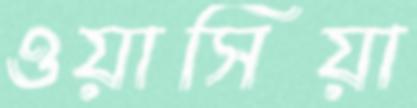
ওয়াসিয়া